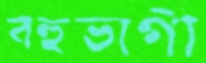
বহুভাগী